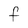
Character: f